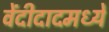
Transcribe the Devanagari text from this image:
वेंदीदादमध्यें